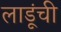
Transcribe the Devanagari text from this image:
लाडूंची